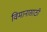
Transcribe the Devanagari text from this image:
विमानासाठी